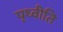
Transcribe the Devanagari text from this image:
पृथ्वीति